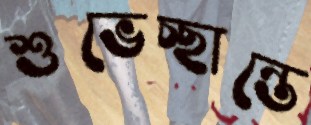
শুভেচ্ছান্তে